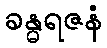
ခန္ဓရဇနံ